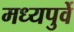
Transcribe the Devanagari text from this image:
मध्यपुर्वे